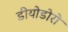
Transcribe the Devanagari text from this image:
डीयोडोरो